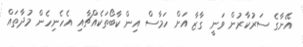
އޭނާގެ ސަރުކާރުން ވަނީ ގާޒާ އަށް ހަމާސް އިން ކާބޯތަކެއްޗާއި އެހެނިހެން މުދާތައް